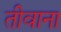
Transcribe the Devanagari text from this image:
तीवाना